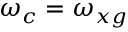
\omega _ { c } = \omega _ { x g }